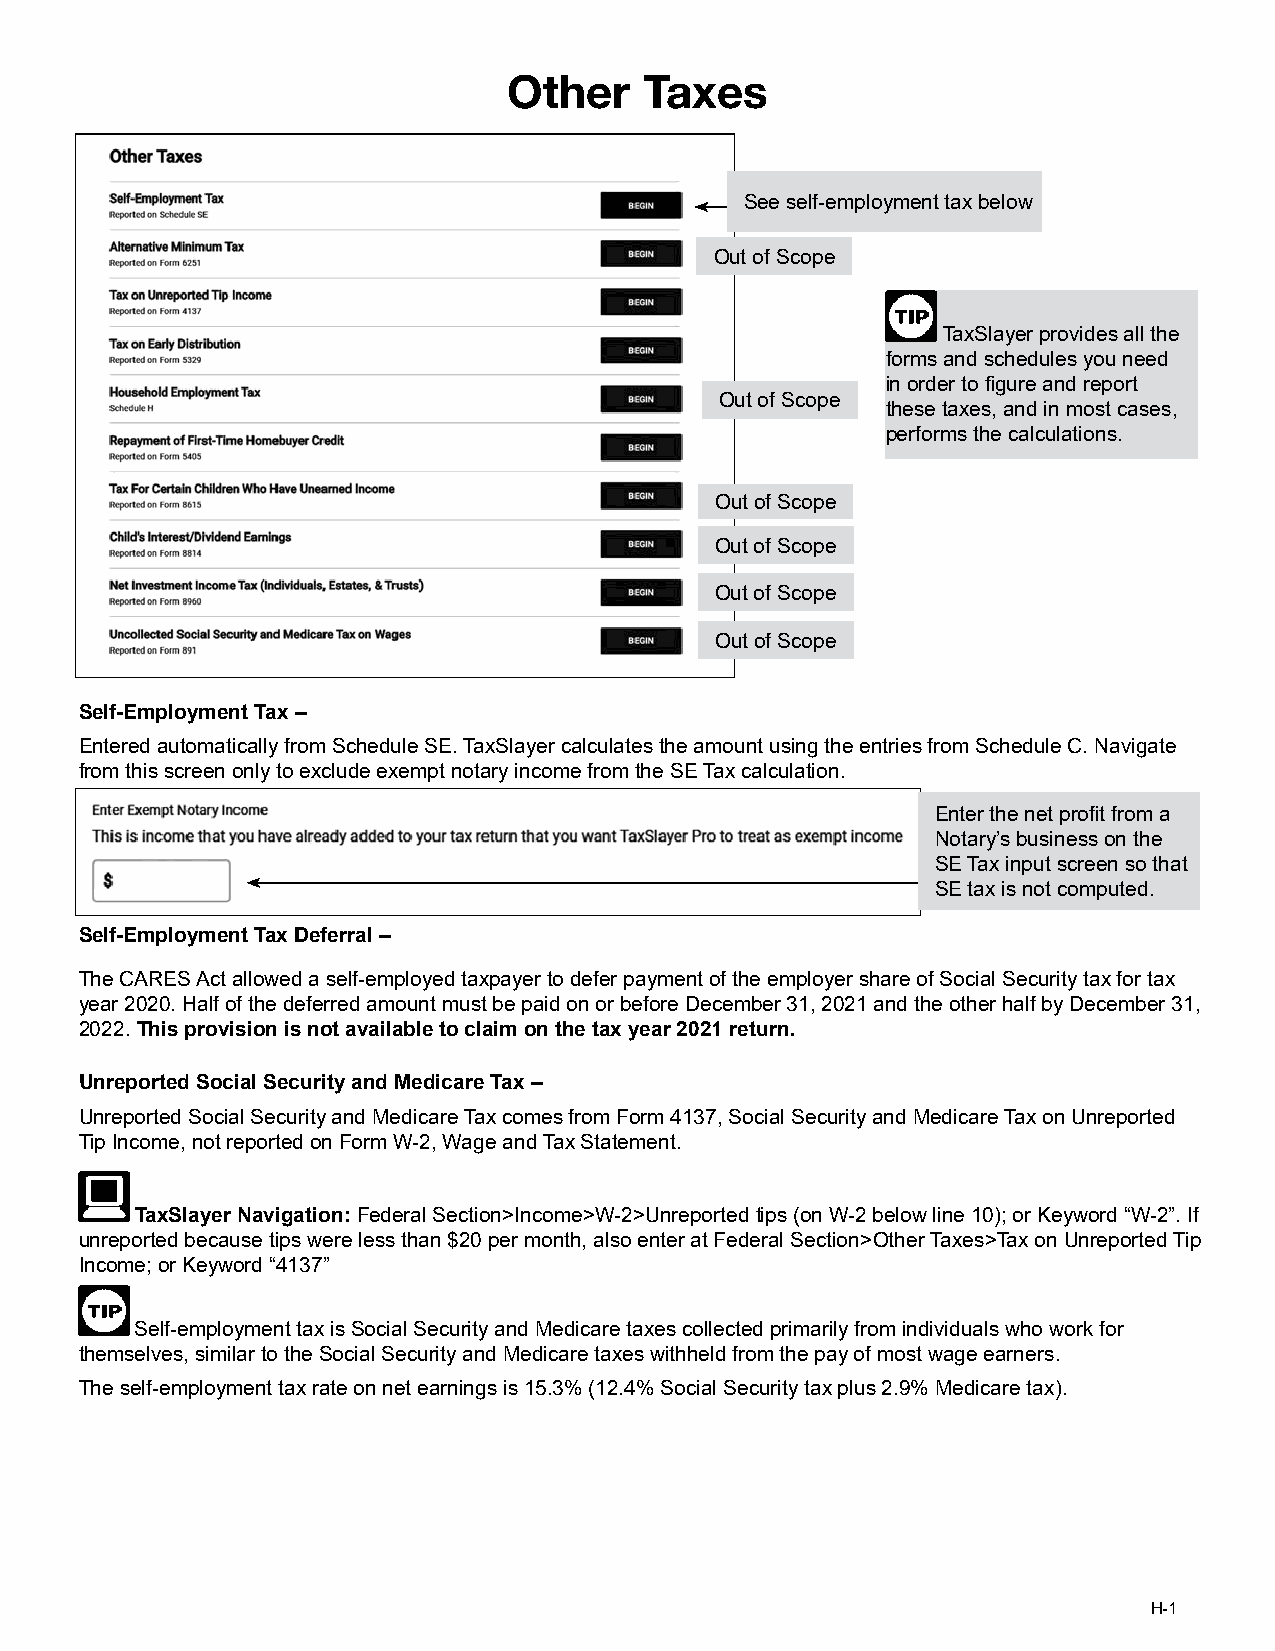
Other    Taxes
 See self-employment tax below
 Out of Scope
 TaxSlayer provides all the
 forms and schedules you need
 in order to figure and report
 Out of Scope
 these taxes, and in most cases,
 performs the calculations.
 Out of Scope
 Out of Scope
 Out of Scope
 Out of Scope
 Self-Employment Tax –
 Entered automatically from Schedule SE. TaxSlayer calculates the amount using the entries from Schedule C. Navigate
 from this screen only to exclude exempt notary income from the SE Tax calculation.
 Enter the net profit from a
 Notary’s business on the
 SE Tax input screen so that
 SE tax is not computed.
 Self-Employment Tax Deferral –
 The CARES Act allowed a self-employed taxpayer to defer payment of the employer share of Social Security tax for tax
 year 2020. Half of the deferred amount must be paid on or before December 31, 2021 and the other half by December 31,
 2022. This provision is not available to claim on the tax year 2021 return.
 Unreported Social Security and Medicare Tax –
 Unreported Social Security and Medicare Tax comes from Form 4137, Social Security and Medicare Tax on Unreported
 Tip Income, not reported on Form W-2, Wage and Tax Statement.
 TaxSlayer Navigation: Federal Section>Income>W-2>Unreported tips (on W-2 below line 10); or Keyword “W-2”. If
 unreported because tips were less than $20 per month, also enter at Federal Section>Other Taxes>Tax on Unreported Tip
 Income; or Keyword “4137”
 Self-employment tax is Social Security and Medicare taxes collected primarily from individuals who work for
 themselves, similar to the Social Security and Medicare taxes withheld from the pay of most wage earners.
 The self-employment tax rate on net earnings is 15.3% (12.4% Social Security tax plus 2.9% Medicare tax).
 H-1